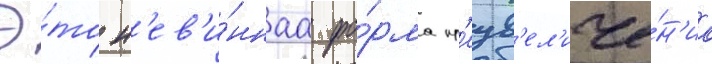
Э́то н'ев'и́ннаа фо́рма пр'еув'ел'иче́н'иа